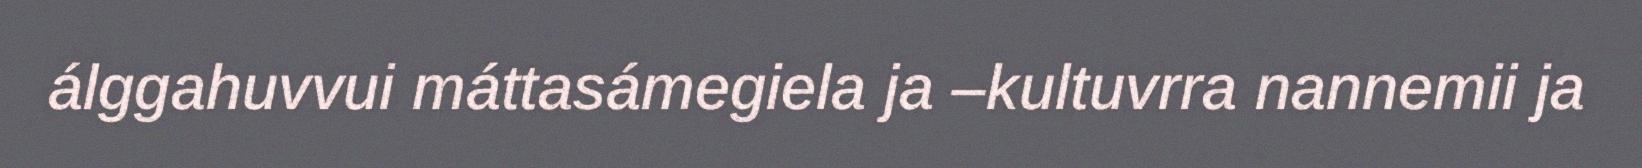
álggahuvvui máttasámegiela ja –kultuvrra nannemii ja